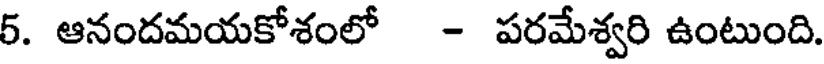
5. ఆనందమయకోశంలో - పరమేశ్వరి ఉంటుంది.